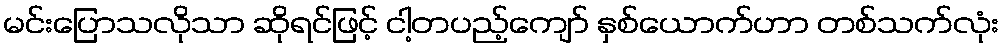
မင်းပြောသလိုသာ ဆိုရင်ဖြင့် ငါ့တပည့်ကျော် နှစ်ယောက်ဟာ တစ်သက်လုံး